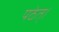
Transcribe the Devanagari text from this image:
पठेत्।